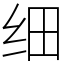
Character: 细